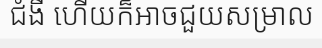
ជំងឺ ហើយក៏អាចជួយសម្រាល